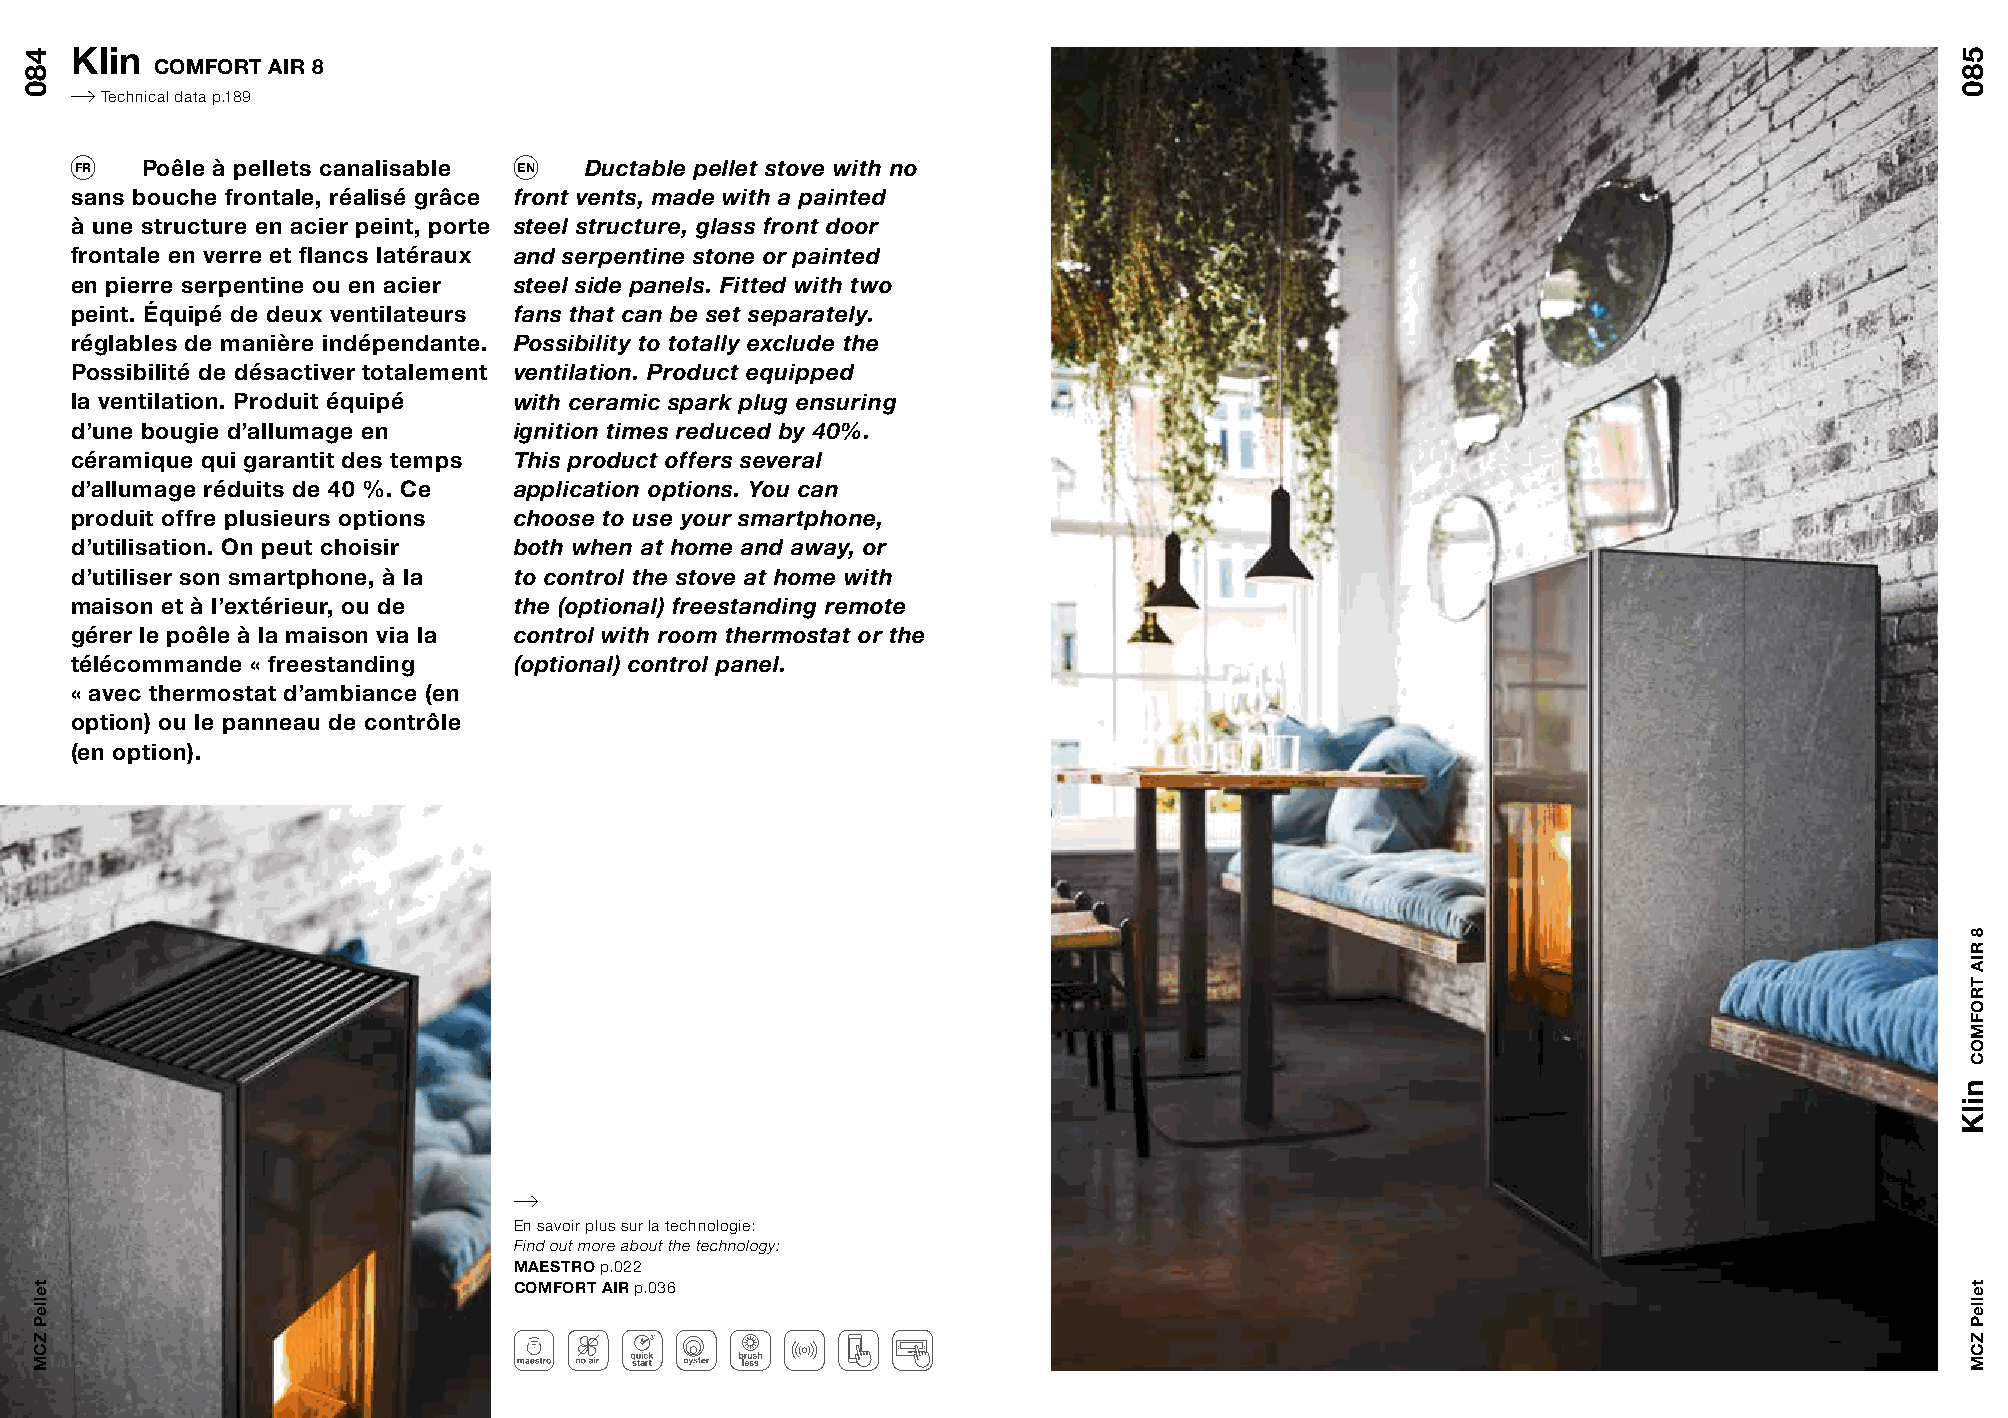
Klin
 COMFORT AIR 8
 Technical data p.189
 FR  Poêle à pellets canalisable EN Ductable pellet stove with no
 sans bouche frontale, réalisé grâce front vents, made with a painted
 à une structure en acier peint, porte steel structure, glass front door
 frontale en verre et flancs latéraux and serpentine stone or painted
 en pierre serpentine ou en acier steel side panels. Fitted with two
 peint. Équipé de deux ventilateurs fans that can be set separately.
 réglables de manière indépendante. Possibility to totally exclude the
 Possibilité de désactiver totalement ventilation. Product equipped
 la ventilation. Produit équipé with ceramic spark plug ensuring
 d’une bougie d’allumage en   ignition times reduced by 40%.
 céramique qui garantit des temps This product offers several
 d’allumage réduits de 40 %. Ce application options. You can
 produit offre plusieurs options choose to use your smartphone,
 d’utilisation. On peut choisir both when at home and away, or
 d’utiliser son smartphone, à la to control the stove at home with
 maison et à l’extérieur, ou de the (optional) freestanding remote
 gérer le poêle à la maison via la control with room thermostat or the
 télécommande « freestanding  (optional) control panel.
 « avec thermostat d’ambiance (en
 option) ou le panneau de contrôle
 (en option).
 En savoir plus sur la technologie:
 Find out more about the technology:
 MAESTRO p.022
 COMFORT AIR p.036
 480
 telleP
 ZCM
 580
 nilK
 8
 RIA
 TROFMOC
 telleP
 ZCM